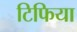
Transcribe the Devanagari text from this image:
टिफिया